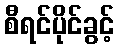
စီရင်ပိုင်ခွင့်